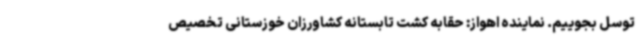
توسل بجوییم. نماینده اهواز: حقابه کشت تابستانه کشاورزان خوزستانی تخصیص